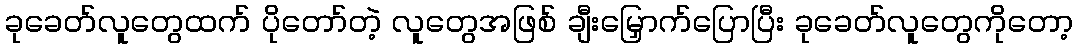
ခုခေတ်လူတွေထက် ပိုတော်တဲ့ လူတွေအဖြစ် ချီးမြှောက်ပြောပြီး ခုခေတ်လူတွေကိုတော့